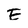
Character: E